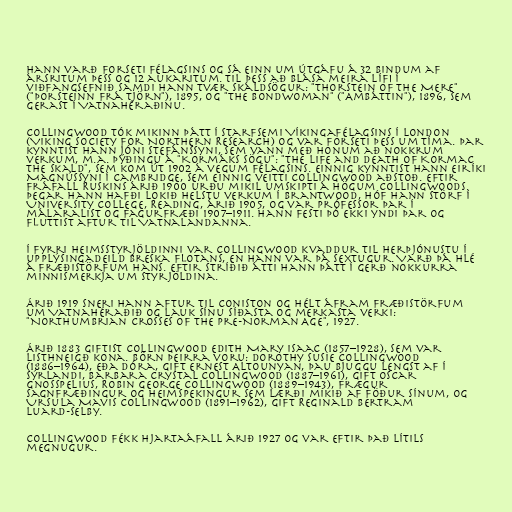
Hann varð forseti félagsins og sá einn um útgáfu á 32 bindum af
ársritum þess og 12 aukaritum. Til þess að blása meira lífi í
viðfangsefnið samdi hann tvær skáldsögur: "Thorstein of the Mere"
("Þorsteinn frá Tjörn"), 1895, og "The Bondwoman" ("Ambáttin"), 1896, sem
gerast í Vatnahéraðinu.

Collingwood tók mikinn þátt í starfsemi Víkingafélagsins í London
(Viking Society for Northern Research) og var forseti þess um tíma. Þar
kynntist hann Jóni Stefánssyni, sem vann með honum að nokkrum
verkum, m.a. þýðingu á "Kormáks sögu": "The Life and Death of Kormac
the Skald", sem kom út 1902 á vegum félagsins. Einnig kynntist hann Eiríki
Magnússyni í Cambridge, sem einnig veitti Collingwood aðstoð. Eftir
fráfall Ruskins árið 1900 urðu mikil umskipti á högum Collingwoods.
Þegar hann hafði lokið helstu verkum í Brantwood, hóf hann störf í
University College, Reading, árið 1905, og var prófessor þar í
málaralist og fagurfræði 1907–1911. Hann festi þó ekki yndi þar og
fluttist aftur til Vatnalandanna.

Í fyrri heimsstyrjöldinni var Collingwood kvaddur til herþjónustu í
upplýsingadeild breska flotans, en hann var þá sextugur. Varð þá hlé
á fræðistörfum hans. Eftir stríðið átti hann þátt í gerð nokkurra
minnismerkja um styrjöldina.

Árið 1919 sneri hann aftur til Coniston og hélt áfram fræðistörfum
um Vatnahéraðið og lauk sínu síðasta og merkasta verki:
"Northumbrian Crosses of the pre-Norman Age", 1927.

Árið 1883 giftist Collingwood Edith Mary Isaac (1857–1928), sem var
listhneigð kona. Börn þeirra voru: Dorothy Susie Collingwood
(1886–1964), eða Dóra, gift Ernest Altounyan, þau bjuggu lengst af í
Sýrlandi, Barbara Crystal Collingwood (1887–1961), gift Oscar
Gnosspelius, Robin George Collingwood (1889–1943), frægur
sagnfræðingur og heimspekingur sem lærði mikið af föður sínum, og
Ursula Mavis Collingwood (1891–1962), gift Reginald Bertram
Luard-Selby.

Collingwood fékk hjartaáfall árið 1927 og var eftir það lítils
megnugur.